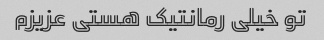
تو خیلی رمانتیک هستی عزیزم